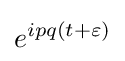
e^{ipq(t+\varepsilon )}